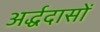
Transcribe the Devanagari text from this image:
अर्द्धदासों